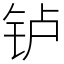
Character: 𬬻